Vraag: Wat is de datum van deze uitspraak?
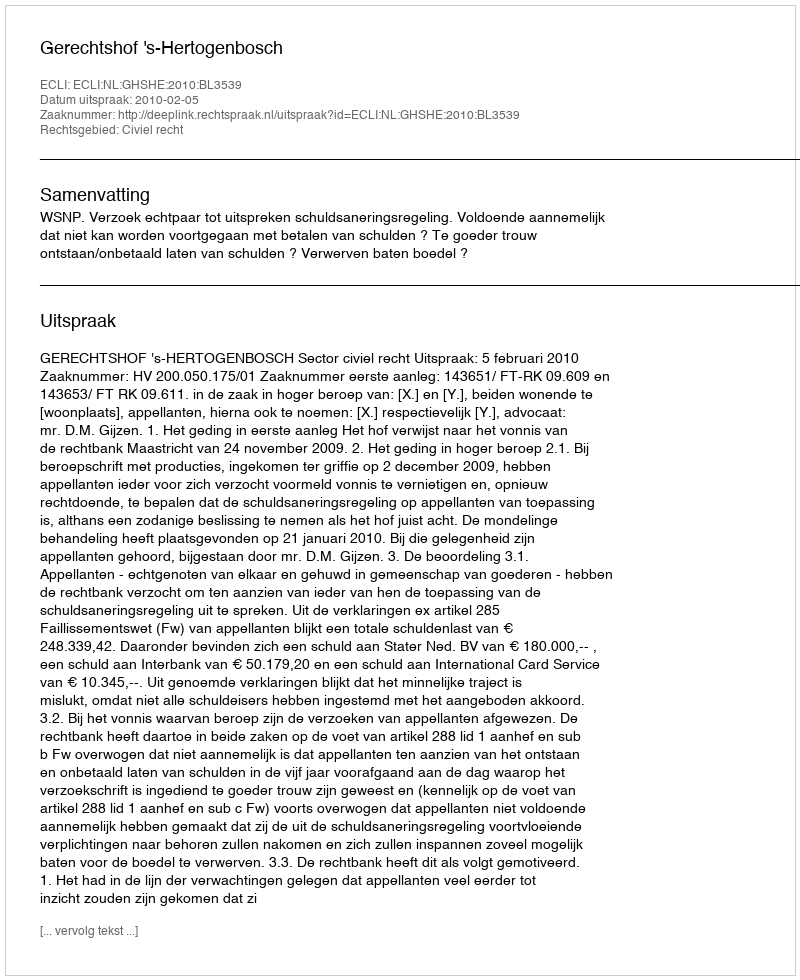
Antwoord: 2010-02-05